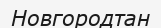
Новгородтан